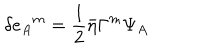
\delta e _ { A } { } ^ { m } = { \frac { 1 } { 2 } } \bar { \eta } \Gamma ^ { m } \Psi _ { A }